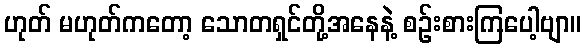
ဟုတ် မဟုတ်ကတော့ သောတရှင်တို့အနေနဲ့ စဉ်းစားကြပေါ့ဗျာ။